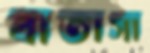
বাতাসা